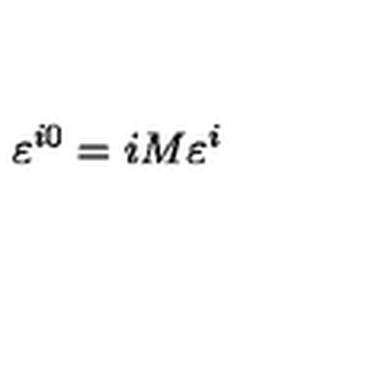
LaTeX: \varepsilon ^ { i 0 } = i M \varepsilon ^ { i }